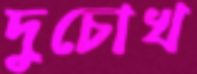
দুচোখ